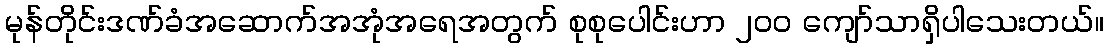
မုန်တိုင်းဒဏ်ခံအဆောက်အအုံအရေအတွက် စုစုပေါင်းဟာ ၂၀၀ ကျော်သာရှိပါသေးတယ်။